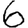
Digit: 6